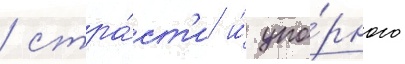
/ стра́ст'и и́ упо́рного